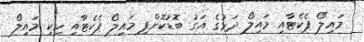
މައިލޯ ޕެކެޓާއި މައިލޯ ދަޅުގެ އަގު ބޮޑުކޮށްފި މައިލޯ ޕެކެޓާއި ހިކި މައިލޯ